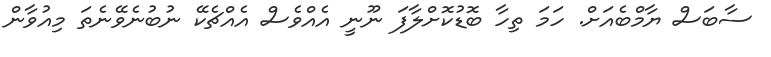
ސާބަސް ޔާމްބެއަށް. ހަމަ ތިހާ ބޮޑުކޮށްލާފަ ނޫނީ އެއްވެސް އެއްޗެކޭ ނުބުނެވޭނެތަ މިއުވާން